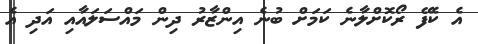
އެ ކެފޭ ރޯކޮށްލާނެ ކަމަށް ބުނެ އިންޒާރު ދިން މައްސަލައާއި އަދި އެ